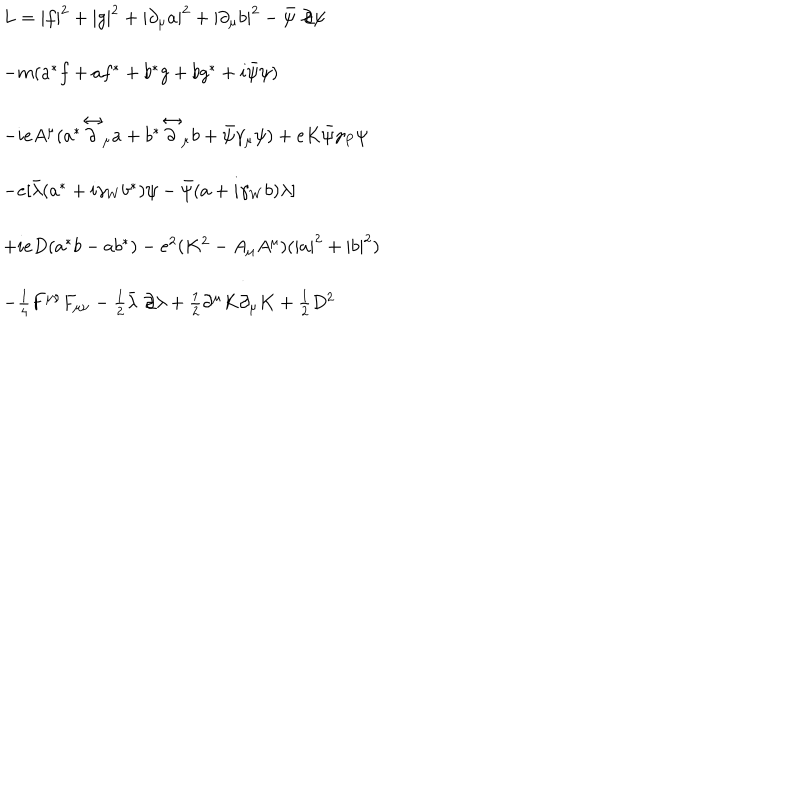
\begin{array} { l } { { L = | f | ^ { 2 } + | g | ^ { 2 } + | \partial _ { \mu } a | ^ { 2 } + | \partial _ { \mu } b | ^ { 2 } - \bar { \psi } \not \! \partial \psi } } \\ { { - m ( a ^ { * } f + a f ^ { * } + b ^ { * } g + b g ^ { * } + i \bar { \psi } \psi ) } } \\ { { - i e A ^ { \mu } ( a ^ { \ast } \stackrel { \leftrightarrow } { \partial } _ { \mu } a + b ^ { \ast } \stackrel { \leftrightarrow } { \partial } _ { \mu } b + \bar { \psi } \gamma _ { \mu } \psi ) + e K \bar { \psi } \gamma _ { P } \psi } } \\ { { - e [ \bar { \lambda } ( a ^ { \ast } + i \gamma _ { W } b ^ { \ast } ) \psi - \bar { \psi } ( a + i \gamma _ { W } b ) \lambda ] } } \\ { { + i e D ( a ^ { \ast } b - a b ^ { \ast } ) - e ^ { 2 } ( K ^ { 2 } - A _ { \mu } A ^ { \mu } ) ( | a | ^ { 2 } + | b | ^ { 2 } ) } } \\ { { - \frac { 1 } { 4 } F ^ { \mu \nu } F _ { \mu \nu } - \frac { 1 } { 2 } \bar { \lambda } \not \! \partial \lambda + \frac { 1 } { 2 } \partial ^ { \mu } K \partial _ { \mu } K + \frac { 1 } { 2 } D ^ { 2 } } } \\ \end{array}